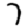
Digit: 7